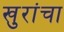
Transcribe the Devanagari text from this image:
खुरांचा